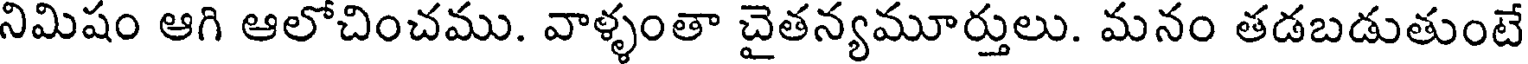
నిమిషం ఆగి ఆలోచించము. వాళ్ళంతా చైతన్యమూర్తులు. మనం తడబడుతుంటే